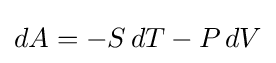
dA=-S\,dT-P\,dV